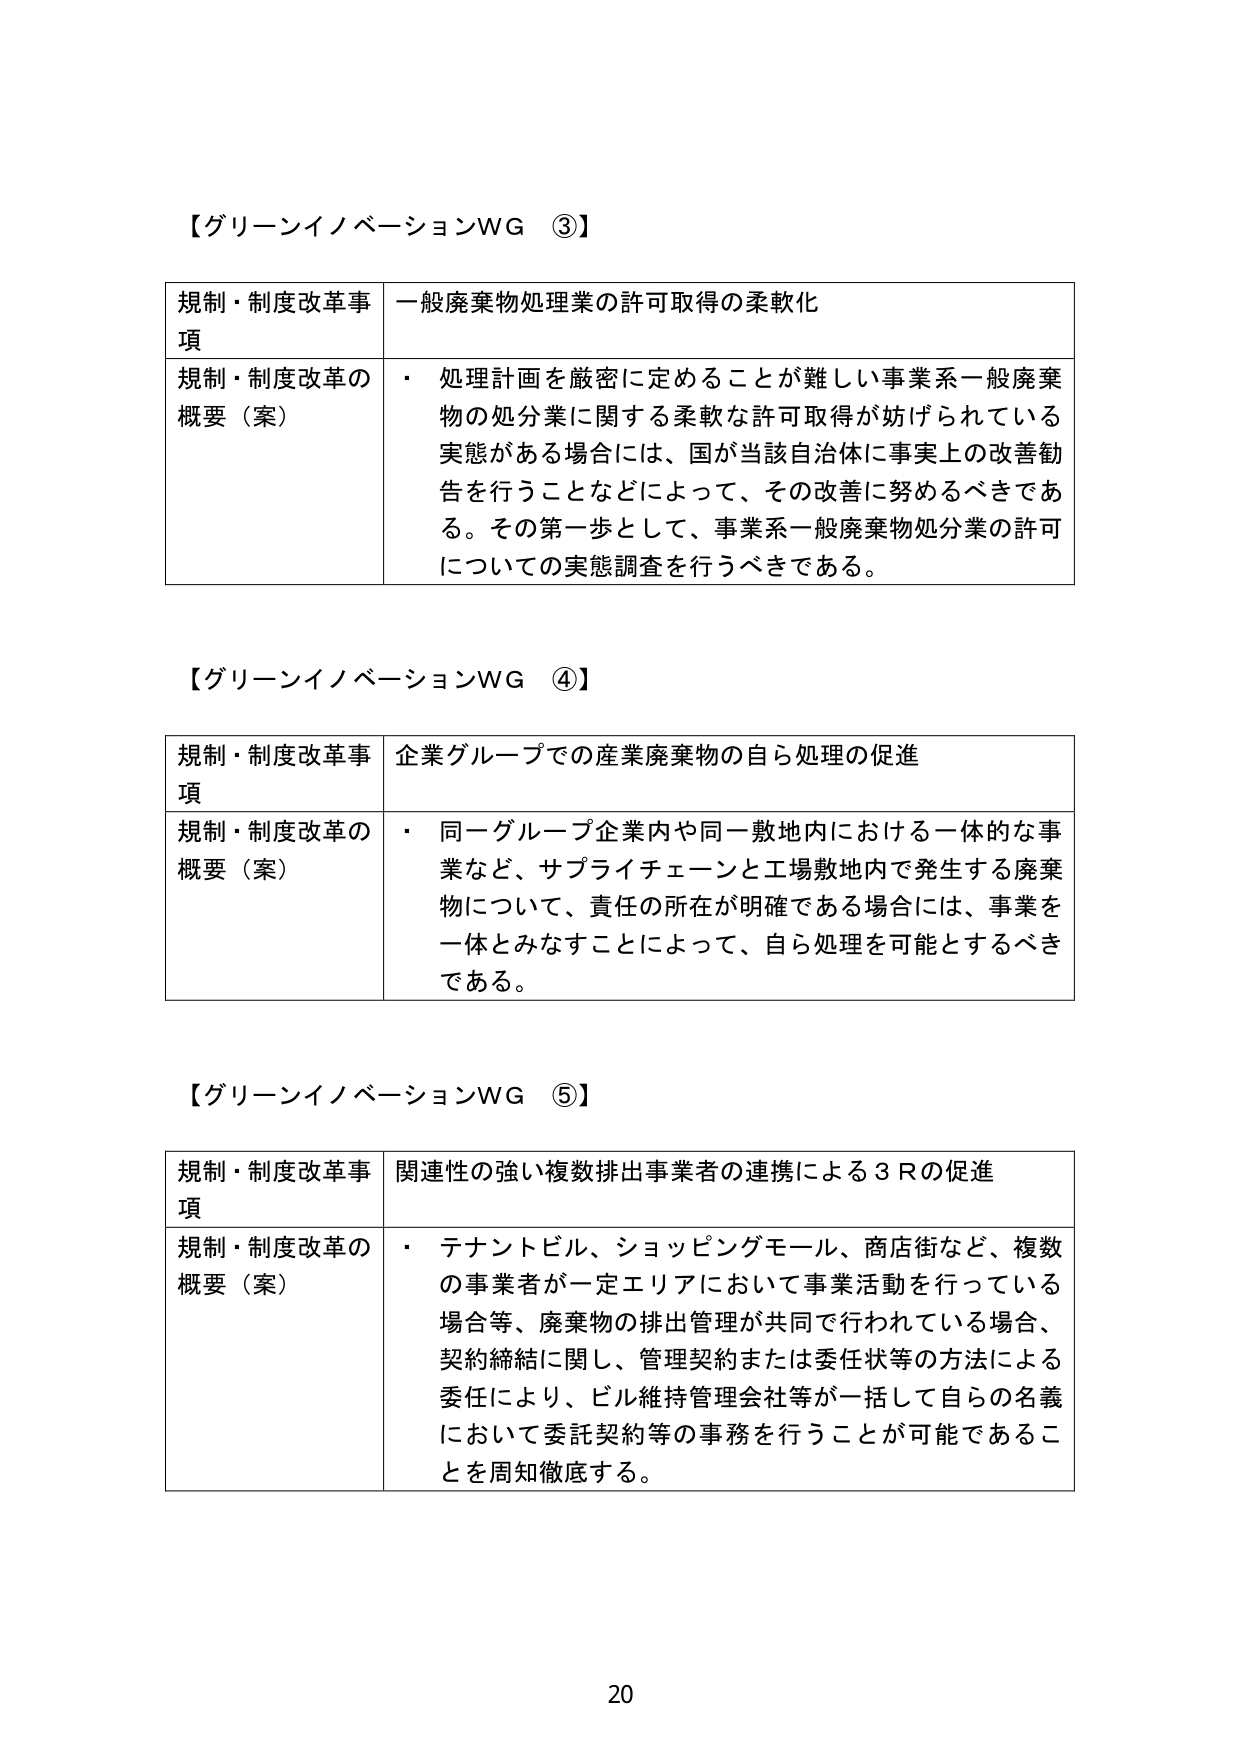
【グリーンイノベーションWG ③】

規制・制度改革事項　一般廃棄物処理業の許可取得の柔軟化

規制・制度改革の概要（案）　・　処理計画を厳密に定めることが難しい事業系一般廃棄物の処分業に関する柔軟な許可取得が妨げられている実態がある場合には、国が当該自治体に事実上の改善勧告を行うことなどによって、その改善に努めるべきである。その第一歩として、事業系一般廃棄物処分業の許可についての実態調査を行うべきである。

【グリーンイノベーションWG ④】

規制・制度改革事項　企業グループでの産業廃棄物の自ら処理の促進

規制・制度改革の概要（案）　・　同一グループ企業内や同一敷地内における一体的な事業など、サプライチェーンと工場敷地内で発生する廃棄物について、責任の所在が明確である場合には、事業を一体とみなすことによって、自ら処理を可能とするべきである。

【グリーンイノベーションWG ⑤】

規制・制度改革事項　関連性の強い複数排出事業者の連携による３Ｒの促進

規制・制度改革の概要（案）　・　テナントビル、ショッピングモール、商店街など、複数の事業者が一定エリアにおいて事業活動を行っている場合等、廃棄物の排出管理が共同で行われている場合、契約締結に関し、管理契約または委任状等の方法による委任により、ビル維持管理会社等が一括して自らの名義において委託契約等の事務を行うことが可能であることを周知徹底する。

20